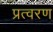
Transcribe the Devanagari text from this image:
प्रत्वरण